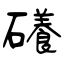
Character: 礢